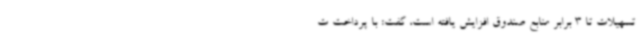
تسهیلات تا 3 برابر منابع صندوق افزایش یافته است، گفت: با پرداخت ت